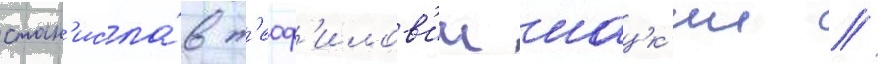
стан'исла́в т'еоф'илов'ич шацк'ии //